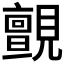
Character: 𮗞